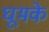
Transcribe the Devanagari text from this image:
घूमके